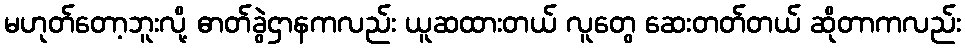
မဟုတ်တော့ဘူးလို့ ဓာတ်ခွဲဌာနကလည်း ယူဆထားတယ် လူတွေ ဆေးတတ်တယ် ဆိုတာကလည်း